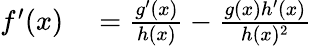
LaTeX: \begin{array}{rl}{f^{\prime}(x)}&{{}={\frac{g^{\prime}(x)}{h(x)}}-{\frac{g(x)h^{\prime}(x)}{h(x)^{2}}}}\end{array}